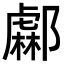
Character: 𨞹